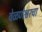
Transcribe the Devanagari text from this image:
वेळणेश्वरचा